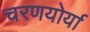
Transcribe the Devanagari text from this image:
चरणयोर्या